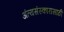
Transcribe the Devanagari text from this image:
अंत्यसंस्कारासाठी